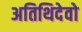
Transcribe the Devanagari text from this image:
अतिथिदेवो